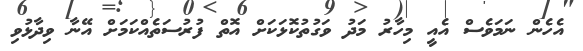
އެހެން ނަމަވެސް އެއީ މިހާރު މަދު ވަގުތުކޮޅަކަށް އޮތް ފުރުސަތެއްކަމަށް އޭނާ ވިދާޅުވި